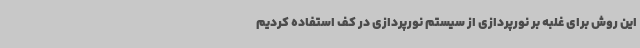
این روش برای غلبه بر نورپردازی از سیستم نورپردازی در کف استفاده کردیم